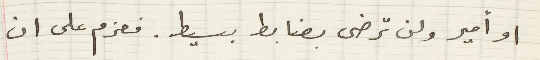
او أمير ولن ترضى بضابط بسيط. فعزم على ان